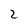
Character: 2